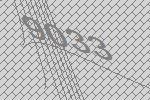
9033